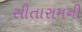
સીતારામની